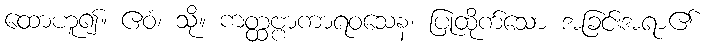
ထောဟူ၍။ ဧဝံ၊ သို့။ ကတ္ထဗ္ဗာကာရဝသေန၊ ပြုထိုက်သော အခြင်းအရာ၏